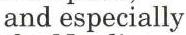
and especially